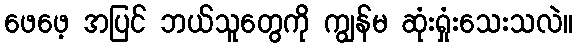
ဖေဖေ့ အပြင် ဘယ်သူတွေကို ကျွန်မ ဆုံးရှုံးသေးသလဲ။